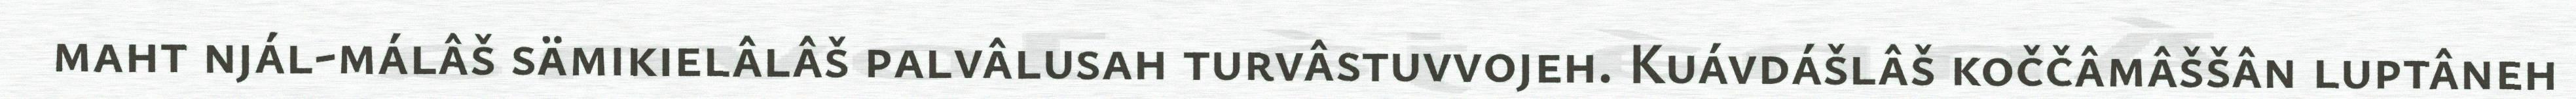
maht njál-málâš sämikielâlâš palvâlusah turvâstuvvojeh. Kuávdášlâš koččâmâššân luptâneh